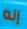
إنه